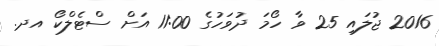
2016 ޖުލައި 25 ވާ ހޯމަ ދުވަހުގެ 11:00 އަށް ސްޓެލްކޯ އދ.